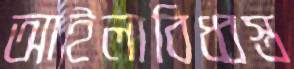
আইলাবিধ্বস্ত